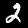
Label: 2